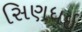
સિણધઇ